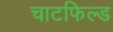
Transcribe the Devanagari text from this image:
चाटफिल्ड